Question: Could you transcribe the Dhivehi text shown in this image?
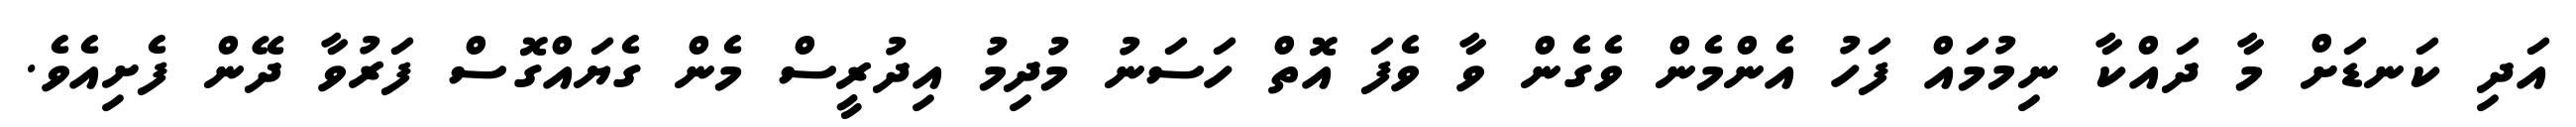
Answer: އަދި ކަނޑަށް މާ ދައްކާ ނިމުމައް ފަހު އެންމެން ވެގެން ވާ ވެފަ އޮތް ހަސަނު މުދިމު އިދުރީސް މެން ގެޔައްގޮސް ފަރުވާ ދޭން ފެށިއެވެ.